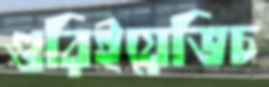
গুরিইয়েভিচ